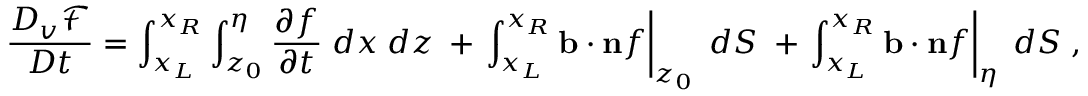
\frac { D _ { v } \mathcal { F } } { D t } = \int _ { x _ { L } } ^ { x _ { R } } \int _ { z _ { 0 } } ^ { \eta } \frac { \partial f } { \partial t } \; d x \; d z \; + \left. \int _ { x _ { L } } ^ { x _ { R } } \mathbf { b } \cdot \mathbf { n } f \right| _ { z _ { 0 } } \; d S \; + \left. \int _ { x _ { L } } ^ { x _ { R } } \mathbf { b } \cdot \mathbf { n } f \right| _ { \eta } \; d S \; ,